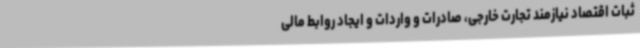
ثبات اقتصاد نیازمند تجارت خارجی، صادرات و واردات و ایجاد روابط مالی